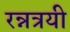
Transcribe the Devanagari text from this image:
रन्नत्रयी